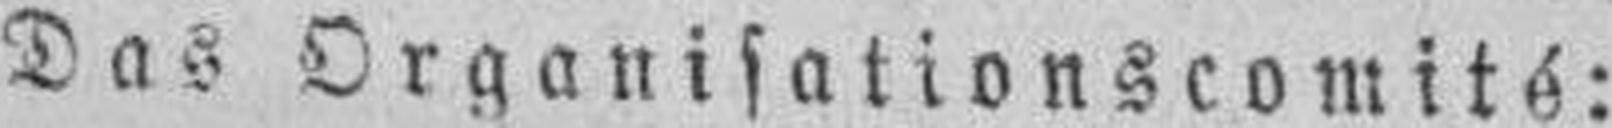
Das Organisationscomité: